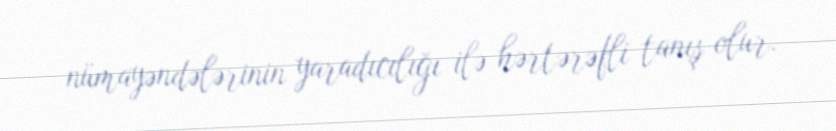
nümayəndələrinin yaradıcılığı ilə hərtərəfli tanış olur.